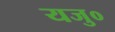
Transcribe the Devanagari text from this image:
यजु०